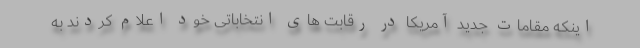
اینکه مقامات جدید آمریکا در رقابت های انتخاباتی خود اعلام کردند به